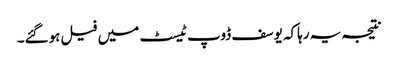
نتیجہ یہ رہاکہ یوسف ڈوپ ٹیسٹ میں فیل ہوگئے۔